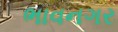
ભાવનગર